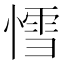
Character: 𰒅